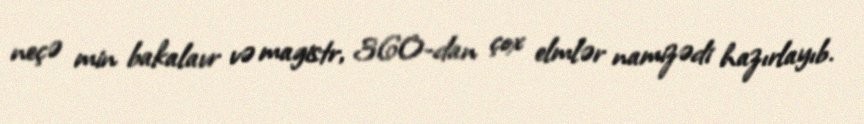
neçə min bakalavr və magistr, 360-dan çox elmlər namizədi hazırlayıb.